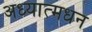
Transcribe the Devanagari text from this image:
अध्यात्मधन